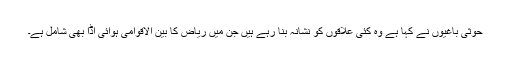
حوثی باغیوں نے کہا ہے وہ کئی علاقوں کو نشانہ بنا رہے ہیں جن میں ریاض کا بین الاقوامی ہوائی اڈا بھی شامل ہے۔